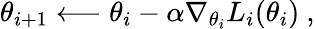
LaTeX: \theta_{i+1}\longleftarrow\theta_{i}-\alpha\nabla_{\theta_{i}}L_{i}(\theta_{i})~,